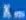
I=1